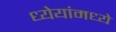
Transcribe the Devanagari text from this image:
ध्येयांमध्ये